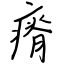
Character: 瘠